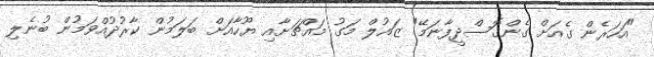
"އަހަރެން ގެއަށް ގެންގޮސްދީފާނަމޭ" ޒައުލް މަގު މައްޗަށާއި ޔޫހާއަށް ބަލަމުން ކާރުދުއްވަމުން ބުނެލި